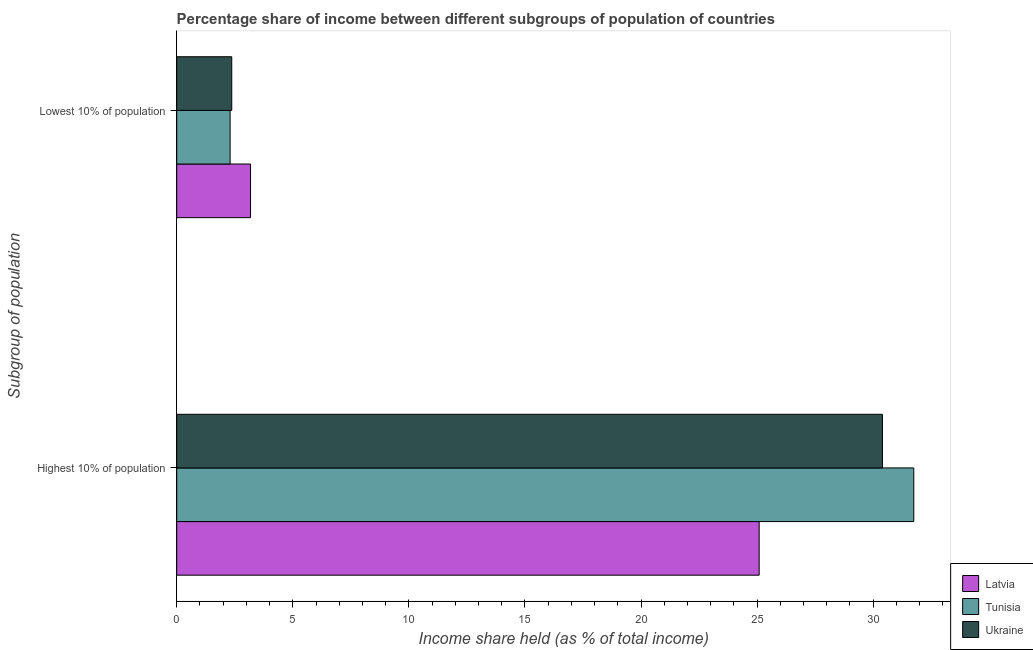
| Subgroup of population | Latvia | Tunisia | Ukraine |
 | --- | --- | --- | --- |
 | Highest 10% of population | 25.1 | 31.8 | 30.4 |
 | Lowest 10% of population | 3.18 | 2.3 | 2.37 |